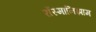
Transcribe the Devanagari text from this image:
रॉस्मानिझाम